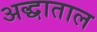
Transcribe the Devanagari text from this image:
अद्धाताल